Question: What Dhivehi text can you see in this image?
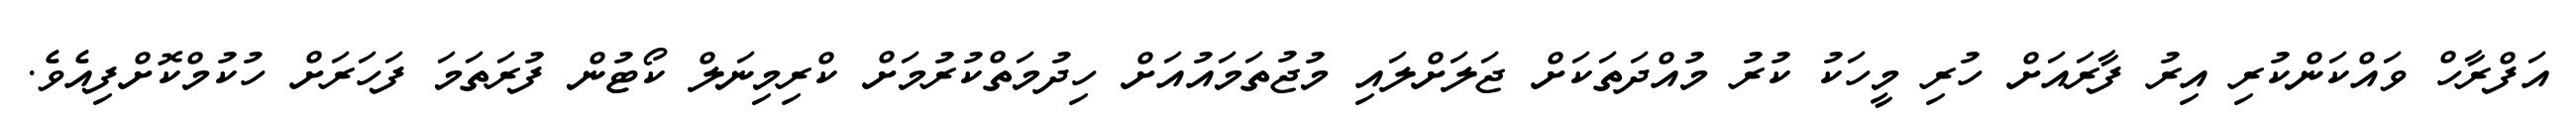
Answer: އަފްރާހް ވައްކަންކުރި އިރު ފާރައަށް ހުރި މީހަކު ކުރު މުއްދަތަކަށް ޖަލަށްލައި މުޖުތަމައުއަށް ހިދުމަތްކުރުމަށް ކްރިމިނަލް ކޯޓުން ފުރަތަމަ ފަހަރަށް ހުކުމްކޮށްފިއެވެ.